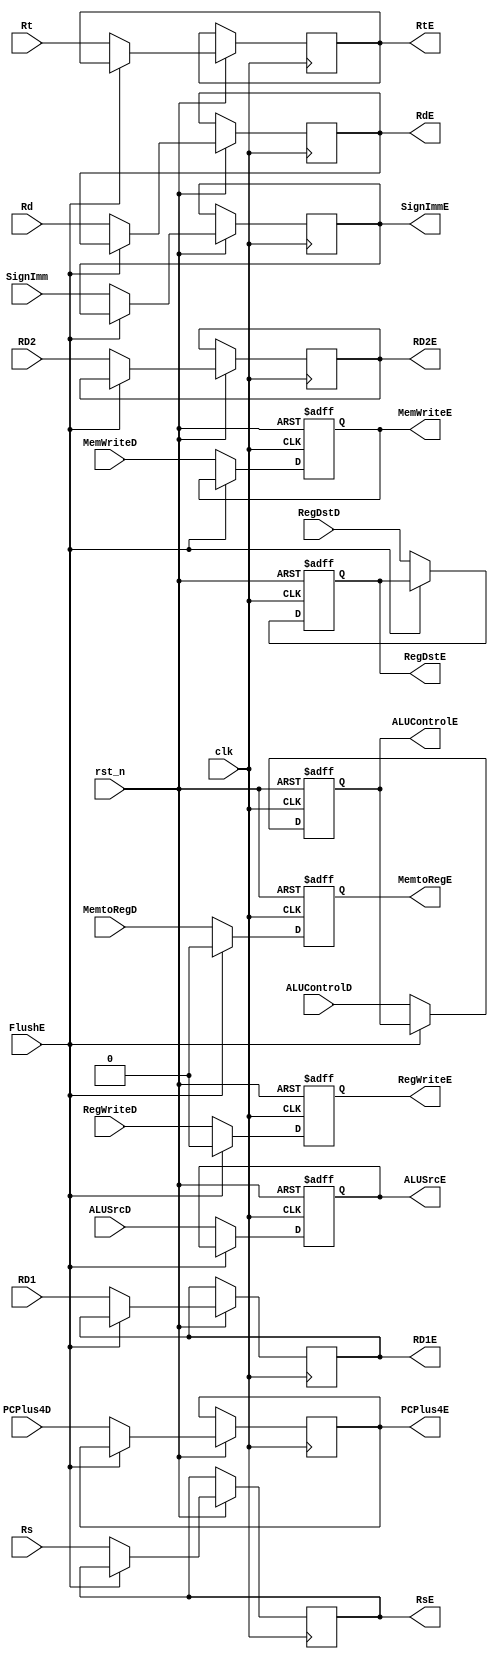

module ID_EX_Register(
    // System Clock
    input        clk,
    input        rst_n,

    // User Interface
    input       [31:0]  RD1,
    input       [31:0]  RD2,
    input       [4:0]   Rt,
    input       [4:0]   Rs,
    input       [4:0]   Rd,
    input       [31:0]  SignImm,
    input       [31:0]  PCPlus4D,

    output  reg [31:0]  RD1E,
    output  reg [31:0]  RD2E,
    output  reg [4:0]   RtE,
    output  reg [4:0]   RsE,
    output  reg [4:0]   RdE,
    output  reg [31:0]  SignImmE,
    output  reg [31:0]  PCPlus4E,

    // Control Unit Input
    input               RegWriteD,
    input               MemtoRegD,
    input               MemWriteD,
    input               RegDstD,
    input               ALUSrcD,

    input               FlushE,
    input       [2:0]   ALUControlD,
    // WB 
    output  reg         RegWriteE,
    output  reg         MemtoRegE,
    // MEM
    output  reg         MemWriteE,
    // EX
    output  reg         RegDstE,
    output  reg         ALUSrcE,
    output  reg [2:0]   ALUControlE
);

    always @(posedge clk or negedge rst_n ) begin
        if(!rst_n)begin
            RegWriteE   <=  1'b0;
            MemtoRegE   <=  1'b0;
            MemWriteE   <=  1'b0;
            RegDstE     <=  1'b0;
            ALUSrcE     <=  1'b0;
            ALUControlE <= 3'b000;
        end
        else if (FlushE) begin
            RegWriteE   <=  1'b0;
            MemtoRegE   <=  1'b0;
        end
        else begin
            // total 128bits
            RD1E        <= RD1;
            RD2E        <= RD2;
            RtE         <= Rt;
            RsE         <= Rs;
            RdE         <= Rd;
            SignImmE    <= SignImm;
            PCPlus4E    <= PCPlus4D;

            // Control Unit Signal
            RegWriteE   <=  RegWriteD;
            MemtoRegE   <=  MemtoRegD;
            MemWriteE   <=  MemWriteD;
            RegDstE     <=  RegDstD;
            ALUSrcE     <=  ALUSrcD;
            ALUControlE <=  ALUControlD;
        end
    end

endmodule